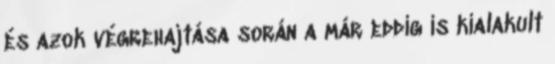
és azok végrehajtása során a már eddig is kialakult